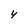
Character: Y